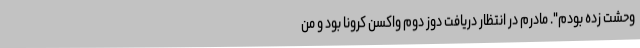
وحشت زده بودم". مادرم در انتظار دریافت دوز دوم واکسن کرونا بود و من